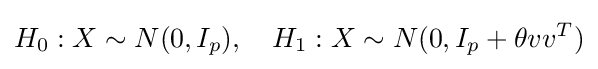
H_{0}:X\sim N(0,I_{p}),\quad H_{1}:X\sim N(0,I_{p}+\theta vv^{T})